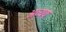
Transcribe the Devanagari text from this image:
अव्ययः